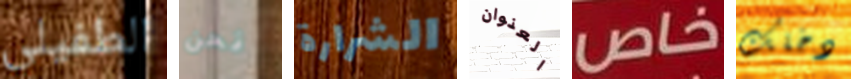
الطفيلي نحن الشرارة العنوان خاص دخلك